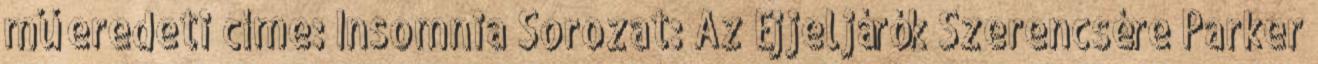
mű eredeti címe: Insomnia Sorozat: Az Éjjeljárók Szerencsére Parker